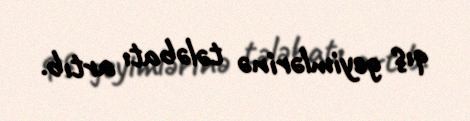
qış geyimlərinə tələbatı artıb.